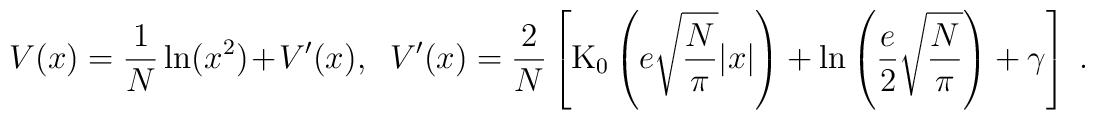
V(x) = \frac{1}{N}\ln (x^2) + V^\prime(x) , \; \;V^\prime(x) = \frac{2}{N} \left[\mbox{K}_0\left(e\sqrt{\frac{N}{\pi}}|x|\right) +\ln\left(\frac{e}{2}\sqrt{\frac{N}{\pi}}\right) + \gamma \right] \; .